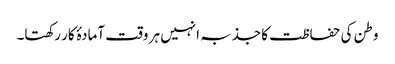
وطن کی حفاظت کا جذبہ انہیں ہر وقت آمادۂ کار رکھتا۔